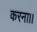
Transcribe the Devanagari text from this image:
करना।।